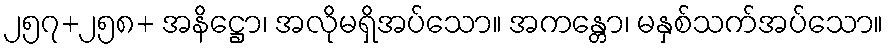
၂၅၇+၂၅၈+ အနိဋ္ဌော၊ အလိုမရှိအပ်သော။ အကန္တော၊ မနှစ်သက်အပ်သော။